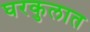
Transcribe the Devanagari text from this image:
घरकुलात